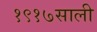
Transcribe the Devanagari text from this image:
१९१७साली